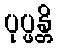
ပုပ္ဖန္တိ